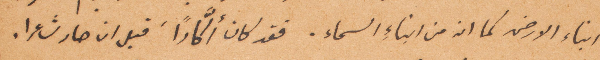
أبناء الأرض كما انه من أبناء السماء. فقد كان من أكّارًا، قبل أن صار شاعرًا.